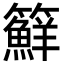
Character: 䉳